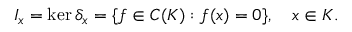
I _ { x } = \ker \delta _ { x } = \{ f \in C ( K ) : f ( x ) = 0 \} , \quad x \in K .